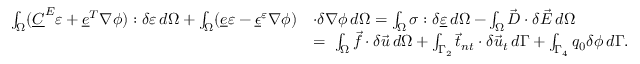
\begin{array} { r l } { \int _ { \Omega } ( \underline { { C } } ^ { E } \varepsilon + \underline { { e } } ^ { T } \nabla \phi ) : \delta \varepsilon \, d \Omega + \int _ { \Omega } ( \underline { { e } } \varepsilon - \underline { { \epsilon } } ^ { \varepsilon } \nabla \phi ) } & { \cdot \delta \nabla \phi \, d \Omega = \int _ { \Omega } \sigma : \delta \underline { { \varepsilon } } \, d \Omega - \int _ { \Omega } \vec { D } \cdot \delta \vec { E } \, d \Omega } \\ & { = \ \int _ { \Omega } \vec { f } \cdot \delta \vec { u } \, d \Omega + \int _ { \Gamma _ { 2 } } \vec { t } _ { n t } \cdot \delta \vec { u } _ { t } \, d \Gamma + \int _ { \Gamma _ { 4 } } q _ { 0 } \delta \phi \, d \Gamma . } \end{array}